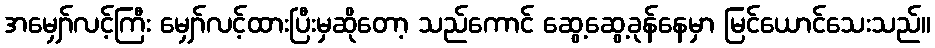
အမျှော်လင့်ကြီး မျှော်လင့်ထားပြီးမှဆိုတော့ သည်ကောင် ဆွေ့ဆွေ့ခုန်နေမှာ မြင်ယောင်သေးသည်။